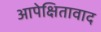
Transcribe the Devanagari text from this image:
आपेक्षितावाद